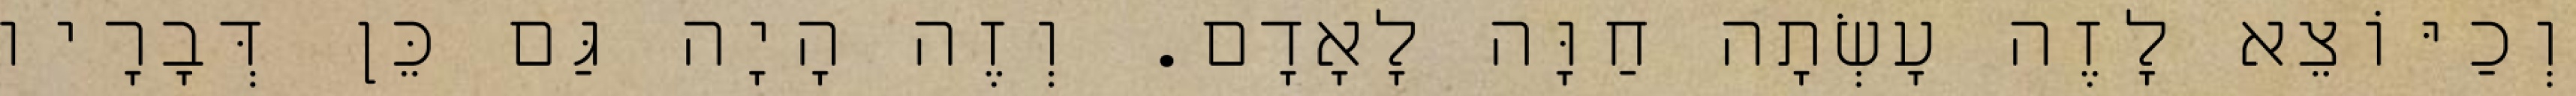
וְכַיּוֹצֵא לָזֶה עָשְׂתָה חַוָּה לָאָדָם. וְזֶה הָיָה גַּם כֵּן דְּבָרָיו